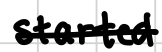
Text: started
Cross-out: single-line
Writing tool: digital_black